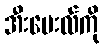
အီးမေးလ်ကို